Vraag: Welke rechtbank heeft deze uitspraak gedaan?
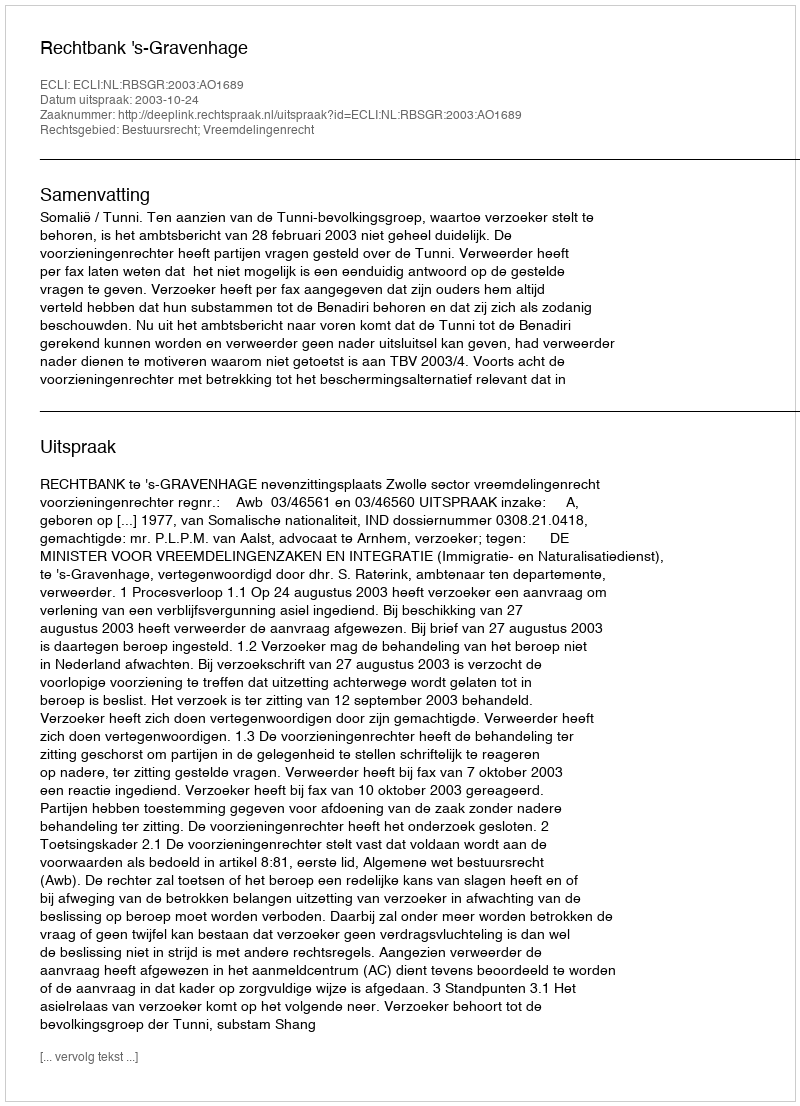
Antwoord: Rechtbank 's-Gravenhage